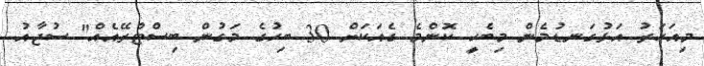
މިއަހަރު އަޅުގަނޑުމެން މިބެހީ ކޮންމެ ގެއަކަށް 30 ބިހުގެ މަގުން ބިސްޓްރޭއެއް" ސުޖާއު